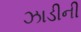
ઝાડીની